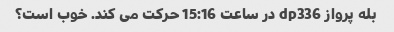
بله پرواز dp336 در ساعت 15:16 حرکت می کند. خوب است؟